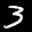
Label: 3